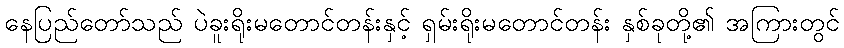
နေပြည်တော်သည် ပဲခူးရိုးမတောင်တန်းနှင့် ရှမ်းရိုးမတောင်တန်း နှစ်ခုတို့၏ အကြားတွင်